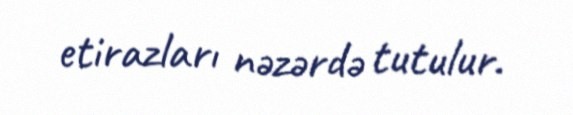
etirazları nəzərdə tutulur.